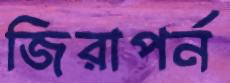
জিরাপর্ন